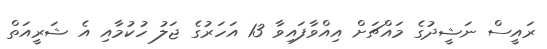
ރައީސް ނަޝީދުގެ މައްޗަށް އިއްވާފައިވާ 13 އަހަރުގެ ޖަލު ހުކުމާއި އެ ޝަރީއަތް